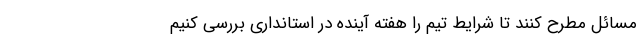
مسائل مطرح کنند تا شرایط تیم را هفته آینده در استانداری بررسی کنیم